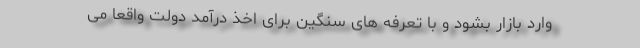
وارد بازار بشود و با تعرفه های سنگین برای اخذ درآمد دولت واقعا می